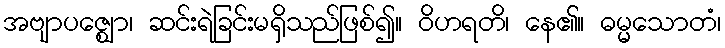
အဗျာပဇ္ဈော၊ ဆင်းရဲခြင်းမရှိသည်ဖြစ်၍။ ဝိဟရတိ၊ နေ၏။ ဓမ္မသောတံ၊